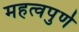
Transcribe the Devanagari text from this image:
महत्‍वपुर्ण